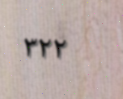
٣٢٢